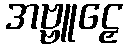
အဗ္ဗူဠှေ